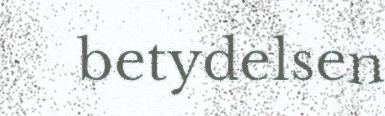
betydelsen